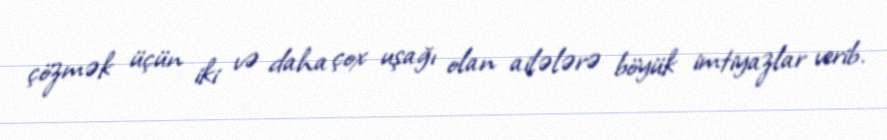
çözmək üçün iki və daha çox uşağı olan ailələrə böyük imtiyazlar verib.